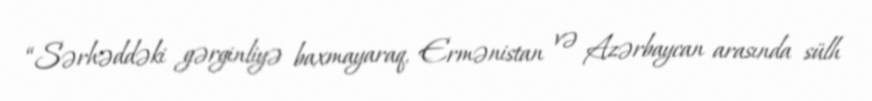
“Sərhəddəki gərginliyə baxmayaraq, Ermənistan və Azərbaycan arasında sülh